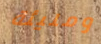
ومليئة